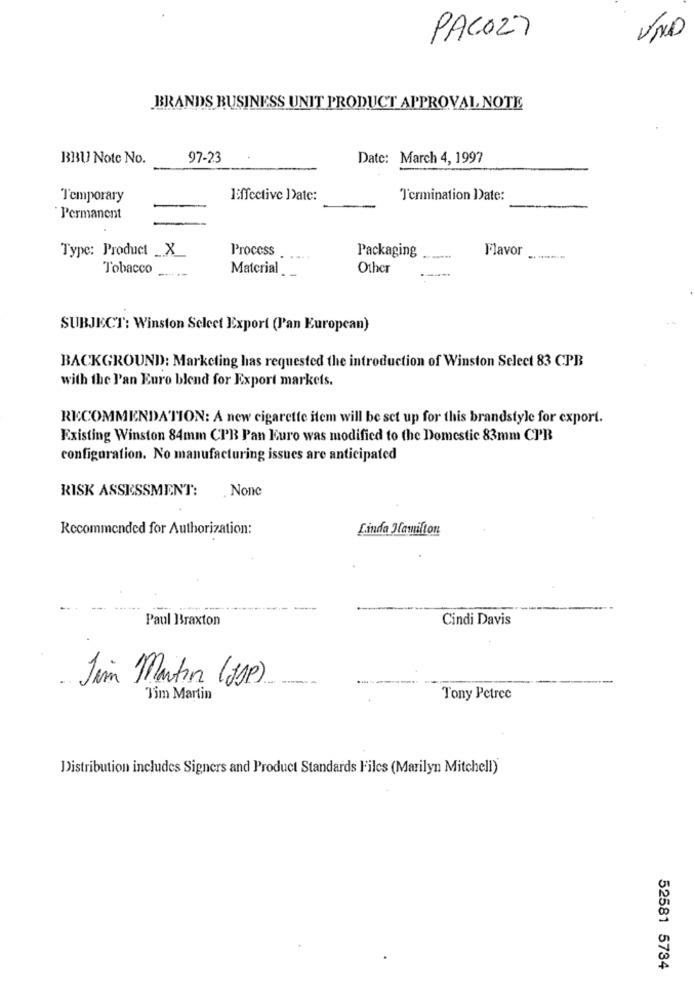
PACOZY
BRANDS BUSINESS UNIT PRODUCT APPROVAL NOTE
BBU Notc No.
97-23
Date: March 4, 1997
Temporary
Effective Date:
Termination Date:
Permanent
Type: Product _X_
Process
Packaging
Flavor
Tobacco
Material ..
Other
SUBJECT: Winston Select Export (Pan European)
BACKGROUND: Marketing has requested the introduction of Winston Select 83 CPB
with the Pan Euro blend for Export markets.
RECOMMENDATION: A new cigarette item will be set up for this brandstyle for export.
Existing Winston 84mm CPB Pan Kuro was modified to the Domestic 83mm CPB
configuration. No manufacturing issues are anticipated
RISK ASSESSMENT:
Recommended for Authorization:
Linda Hamilton
Paul Braxton
Cindi Davis
Tim Martin (SP)
Tim Martin
Tony Petrec
Distribution includes Signers and Product Standards Files (Marilyn Mitchell)
52581 5734